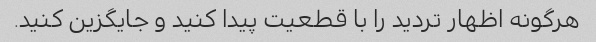
هرگونه اظهار تردید را با قطعیت پیدا کنید و جایگزین کنید.